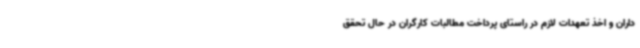
داران و اخذ تعهدات لازم در راستای پرداخت مطالبات کارگران در حال تحقق